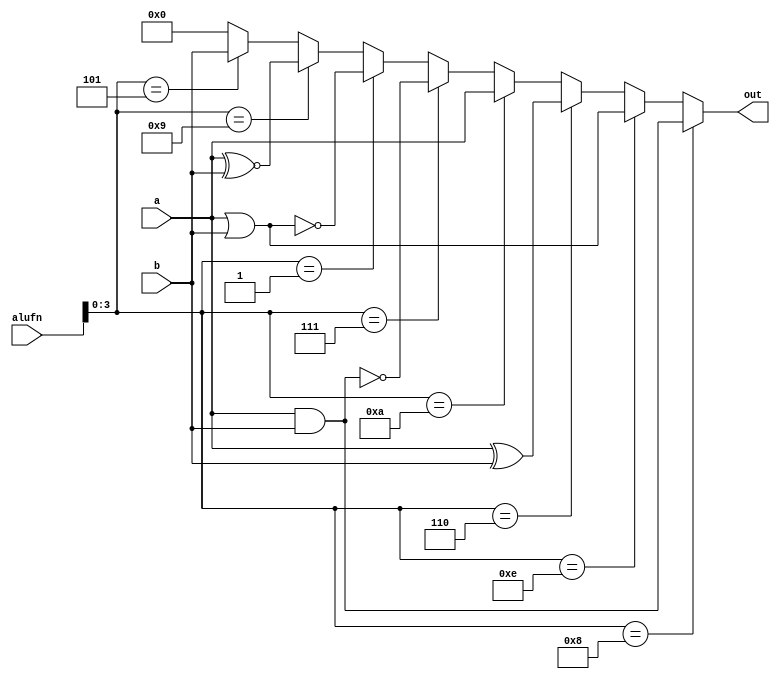
/*
   This file was generated automatically by the Mojo IDE version B1.3.6.
   Do not edit this file directly. Instead edit the original Lucid source.
   This is a temporary file and any changes made to it will be destroyed.
*/

module boolean_18 (
    input [15:0] a,
    input [15:0] b,
    input [6:0] alufn,
    output reg [15:0] out
  );
  
  
  
  always @* begin
    if (alufn[0+3-:4] == 4'h8) begin
      out = a & b;
    end else begin
      if (alufn[0+3-:4] == 4'he) begin
        out = a | b;
      end else begin
        if (alufn[0+3-:4] == 4'h6) begin
          out = a ^ b;
        end else begin
          if (alufn[0+3-:4] == 4'ha) begin
            out = a;
          end else begin
            if (alufn[0+3-:4] == 4'h7) begin
              out = ~(a & b);
            end else begin
              if (alufn[0+3-:4] == 4'h1) begin
                out = ~(a | b);
              end else begin
                if (alufn[0+3-:4] == 4'h9) begin
                  out = a ~^ b;
                end else begin
                  if (alufn[0+3-:4] == 4'h5) begin
                    out = b;
                  end else begin
                    out = 1'h0;
                  end
                end
              end
            end
          end
        end
      end
    end
  end
endmodule